Report of the Municipal Commissioner on the plague in Bombay for the year ending 31st May... - Volume 2
Disease focus: Plague
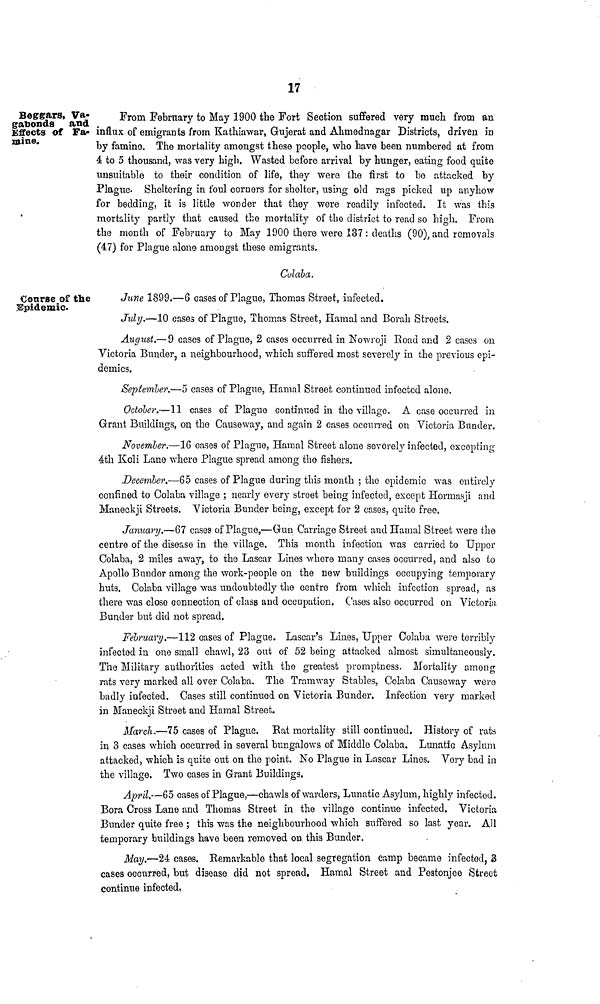
17
Beggars, Va-
gabonds and
Effects of Fa-
mine.
From February to May 1900 the Fort Section suffered very much from an
influx of emigrants from Kathiawar, Gnjerat and Ahmednagar Districts, driven in
by famine. The mortality amongst these people, who have been numbered at from
4 to 5 thousand, was very high. Wasted before arrival by hunger, eating food quite
unsuitable to their condition of life, they were the first to bo attacked by
Plague. Sheltering in foul corners for shelter, using old rags picked up anyhow
for bedding, it is little wonder that they were readily infected. It was this
mortality partly that caused the mortality of the district to read so high. From
the month of February to May 1900 there were 137 : deaths (90), and removals
(47) for Plague alone amongst these emigrants.
Colaba.
Coarse of the
Epidemic.
June 1899.—6 cases of Plague, Thomas Street, infected.
July.—10 cases of Plague, Thomas Street, Hamal and Borah Streets.
August.— 9 cases of Plague, 2 cases occurred in Nowroji Road and 2 cases on
Victoria Bunder, a neighbourhood, which suffered most severely in the previous epi-
demics.
September.—5 cases of Plague, Hamal Street continued infected alone.
October.—\\ cases of Plague continued in the village. A case occurred in
Grant Buildings, on the Causeway, and again 2 cases occurred on Victoria Bunder.
November.—16 cases of Plague, Hamal Street alone severely infected, excepting
4th Koli Lane where Plague spread among the fishers.
December.—65 cases of Plague during this month ; the epidemic was entirely
confined to Colaba village ; nearly every street being infected, except Hormasji and
Maneckji Streets. Victoria Bunder being, except for 2 cases, quite free.
January.—67 cases of Plague,—Gun Carriage Street and Hamal Street were the
centre of the disease in the village. This month infection was carried to Uppor
Colaba, 2 miles away, to the Lascar Lines where many cases occurred, and also to
Apollo Bunder among the work-people on the new buildings occupying temporary
huts. Colaba village was undoubtedly the centre from which infection spread, as
there was close connection of class and occupation. Cases also occurred on Victoria
Bunder but did not spread.
February.—112 cases of Plague. Lascar's Lines, Upper Colaba were terribly
infected in one small chawl, 23 out of 52 being attacked almost simultaneously.
The Military authorities acted with the greatest promptness. Mortality among
rats very marked all over Colaba. The Tramway Stables, Colaba Causeway were
badly infected. Cases still continued on Victoria Bunder. Infection very marked
in Maneckji Street and Hamal Street.
March,—75 cases of Plague. Bat mortality still continued. History of rats
in 3 cases which occurred in several bungalows of Middle Colaba. Lunatic Asylum
attacked, which is quite out on the point. No Plague in Lascar Lines. Very bad in
the village. Two cases in Grant Buildings.
Aiiril.—65 cases of Plague,—chawls of warders, Lunatic Asylum, highly infected.
Bora Cross Lane and Thomas Street in the village continue infected. Victoria
Bunder quite free ; this was the neighbourhood which suffered so last year. All
temporary buildings have been removed on this Bunder.
May.—24 cases. Remarkable that local segregation camp became infected, 3
cases occurred, but disease did not spread, Hamal Street and Pestonjee Street
continue infected.